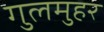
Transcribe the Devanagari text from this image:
गुलमुहर